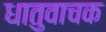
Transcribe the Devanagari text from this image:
धातुवाचक